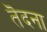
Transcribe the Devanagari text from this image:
तॆदना